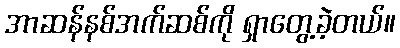
အာဆန်နစ်အက်ဆစ်ကို ရှာတွေ့ခဲ့တယ်။